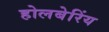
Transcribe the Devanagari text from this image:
होलबेरिंय